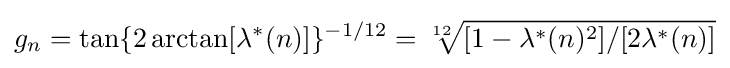
g_{n}=\tan\{2\arctan[\lambda ^{*}(n)]\}^{-1/12}={\sqrt[{12}]{[1-\lambda ^{*}(n)^{2}]/[2\lambda ^{*}(n)]}}